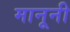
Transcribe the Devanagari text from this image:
मानूनी